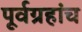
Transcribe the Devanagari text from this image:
पूर्वग्रहांच